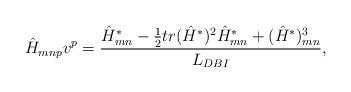
LaTeX: \begin{align*}\hat H_{mnp}v^p={{\hat H^*_{mn}-{1\over 2}tr(\hat H^*)^2\hat H^*_{mn}+(\hat H^*)^3_{mn}}\over{L_{DBI}}},\end{align*}